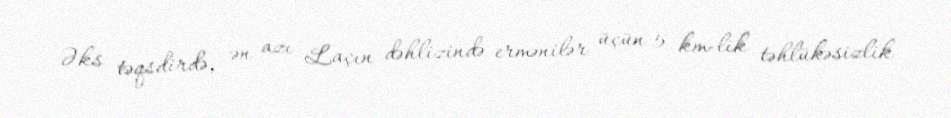
Əks təqsdirdə, ən azı Laçın dəhlizində ermənilər üçün 5 km-lik təhlükəsizlik